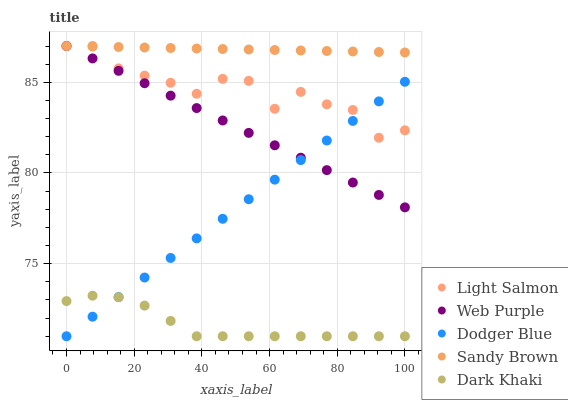
| xaxis_label | Light Salmon | Web Purple | Dodger Blue | Sandy Brown | Dark Khaki |
 | --- | --- | --- | --- | --- | --- |
 | 0 | 87 | 87 | 71 | 87 | 72.9 |
 | 7.69 | 87 | 86.3 | 72.1 | 87 | 73.2 |
 | 15.4 | 85.8 | 85.6 | 73.2 | 86.9 | 73.2 |
 | 23.1 | 85.4 | 84.9 | 74.2 | 86.9 | 72.7 |
 | 30.8 | 85 | 84.3 | 75.3 | 86.9 | 71.8 |
 | 38.5 | 84.4 | 83.6 | 76.4 | 86.9 | 71 |
 | 46.2 | 85.2 | 82.9 | 77.5 | 86.8 | 71 |
 | 53.8 | 85.1 | 82.2 | 78.6 | 86.8 | 71 |
 | 61.5 | 83.5 | 81.5 | 79.6 | 86.8 | 71 |
 | 69.2 | 84.5 | 80.8 | 80.7 | 86.8 | 71 |
 | 76.9 | 83.8 | 80.2 | 81.8 | 86.7 | 71 |
 | 84.6 | 83.5 | 79.5 | 82.9 | 86.7 | 71 |
 | 92.3 | 81.9 | 78.8 | 83.9 | 86.7 | 71 |
 | 100 | 82.4 | 78.1 | 85 | 86.6 | 71 |